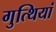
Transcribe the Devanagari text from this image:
गुत्थियां